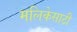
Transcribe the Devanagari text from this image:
मलिकेसाठी